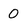
Character: O